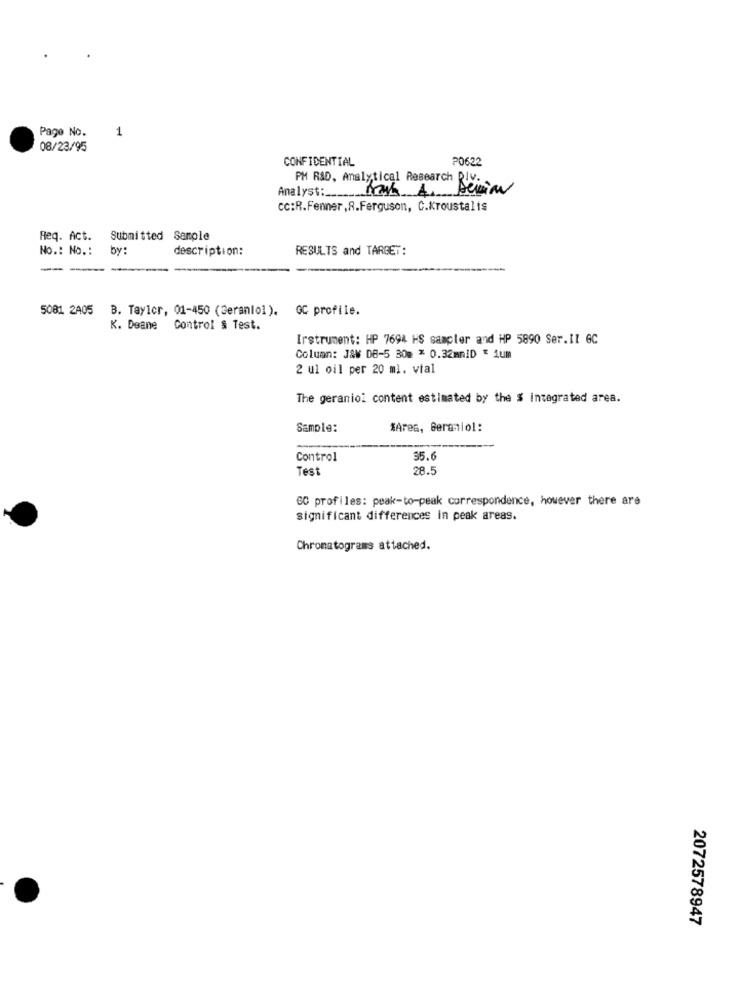
Page No.
1
08/23/95
CONFIDENTIAL
P0622
PM RAD, Analytical Research RIv.
mik A. benim
Analyst:
cc:R.Fenner,R.Ferguson, C.Kroustalis
Req. Act.
Submitted Sample
No .: No .:
by :
description:
RESULTS and TARGET:
---
5081 2A05 B. Taylor, 01-450 (Geraniol). GC profile.
K. Deane
Control & Test.
Irstrument: HP 7694 HS sampler and HP 5890 Ser.II 6C
Column: J&# DB-5 30m * 0.32mmID = 1um
2 ul oil per 20 ml. vial
The geraniol content estimated by the $ integrated area.
Sample:
*Ares, Geraniol:
Control
$5.6
Test
28.5
GC profiles: peak-to-peak correspondence, however there are
Significant differences in peak areas.
Chromatograms attached.
2072578947